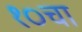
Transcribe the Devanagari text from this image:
१०चा